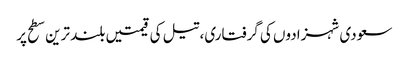
سعودی شہزادوں کی گرفتاری، تیل کی قیمتیں بلند ترین سطح پر